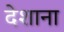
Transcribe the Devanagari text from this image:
देशाना